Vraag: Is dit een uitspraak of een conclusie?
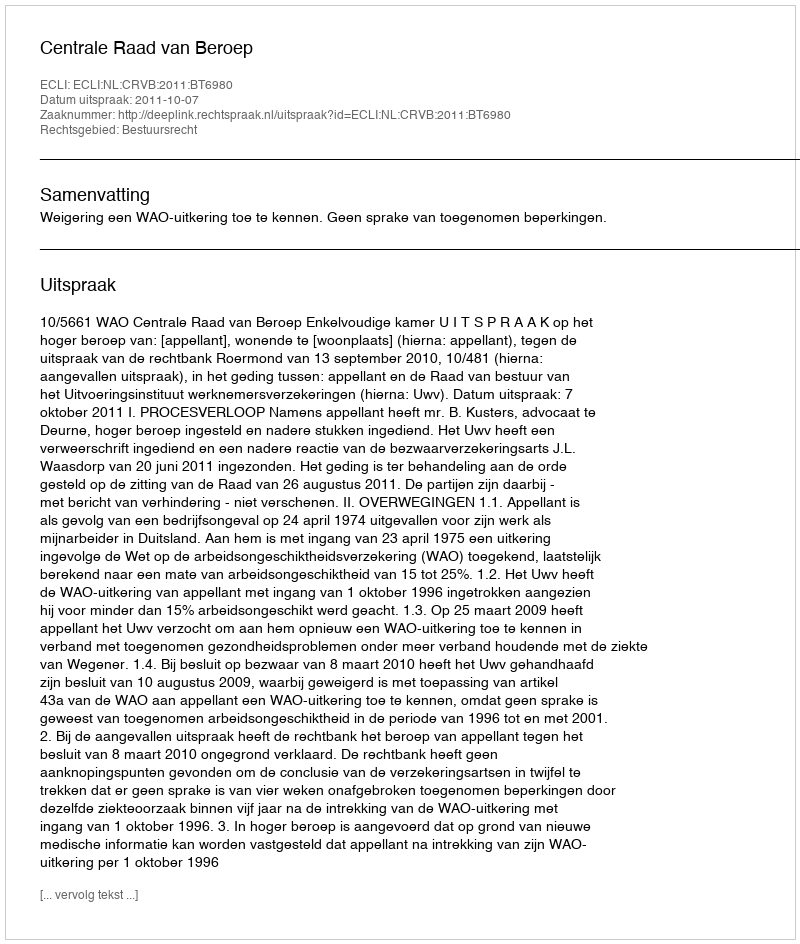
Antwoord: Uitspraak